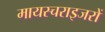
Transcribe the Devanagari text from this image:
मायस्चराइजरों